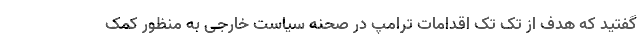
گفتید که هدف از تک تک اقدامات ترامپ در صحنه سیاست خارجی به منظور کمک